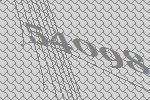
54098